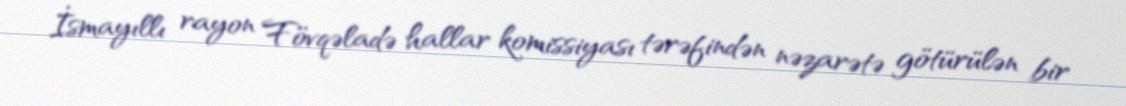
İsmayıllı rayon Fövqəladə hallar komissiyası tərəfindən nəzarətə götürülən bir